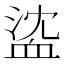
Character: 𧖶